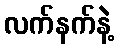
လက်နက်နဲ့